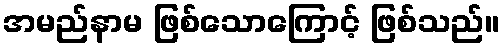
အမည်နာမ ဖြစ်သောကြောင့် ဖြစ်သည်။